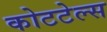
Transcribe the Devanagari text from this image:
कोटटेल्स